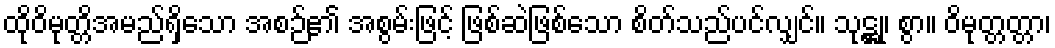
ထိုဝိမုတ္တိအမည်ရှိသော အစဉ်၏ အစွမ်းဖြင့် ဖြစ်ဆဲဖြစ်သော စိတ်သည်ပင်လျှင်။ သုဋ္ဌု၊ စွာ။ ဝိမုတ္တတ္တာ၊